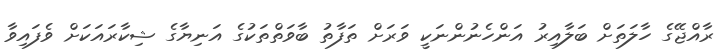
ރާއްޖޭގެ ހާލަތަށް ބަލާއިރު އަންހެނުންނަކީ ވަރަށް ތަފާތު ބާވަތްތަކުގެ އަނިޔާގެ ޝިކާރައަކަށް ވެފައިވާ